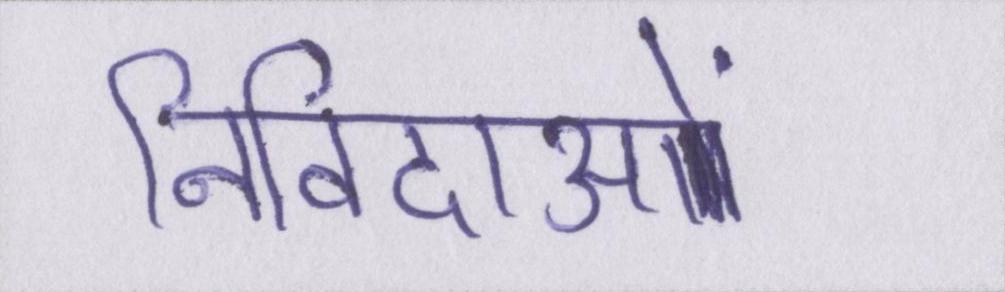
निविदाओं